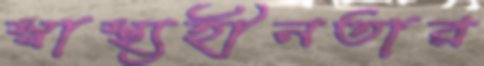
স্বাস্থ্যহীনতার